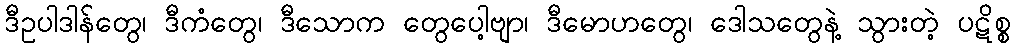
ဒီဥပါဒါန်တွေ၊ ဒီကံတွေ၊ ဒီသောက တွေပေါ့ဗျာ၊ ဒီမောဟတွေ၊ ဒေါသတွေနဲ့ သွားတဲ့ ပဋိစ္စ